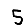
Digit: 5